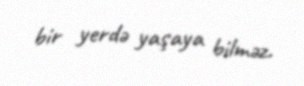
bir yerdə yaşaya bilməz.